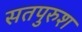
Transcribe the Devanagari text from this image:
सतपुरुश